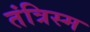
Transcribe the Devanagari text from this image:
तंत्रिस्म